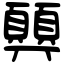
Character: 顨